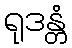
ရုဒန္တံ